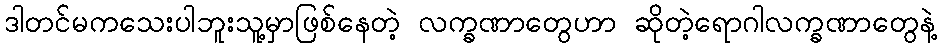
ဒါတင်မကသေးပါဘူးသူ့မှာဖြစ်နေတဲ့ လက္ခဏာတွေဟာ ဆိုတဲ့ရောဂါလက္ခဏာတွေနဲ့